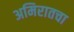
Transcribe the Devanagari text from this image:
अमिरातचा